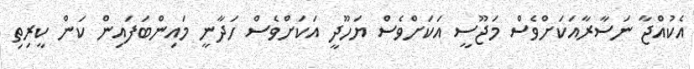
އެކުއްޖާ ނަސާރާއަކަށްވެސް މަޖޫސީ އަކަށްވެސް ޔަހޫދީ އަކަށްވެސް ހަދާނީ މައިންބަފައިން ކަން ކީރިތި